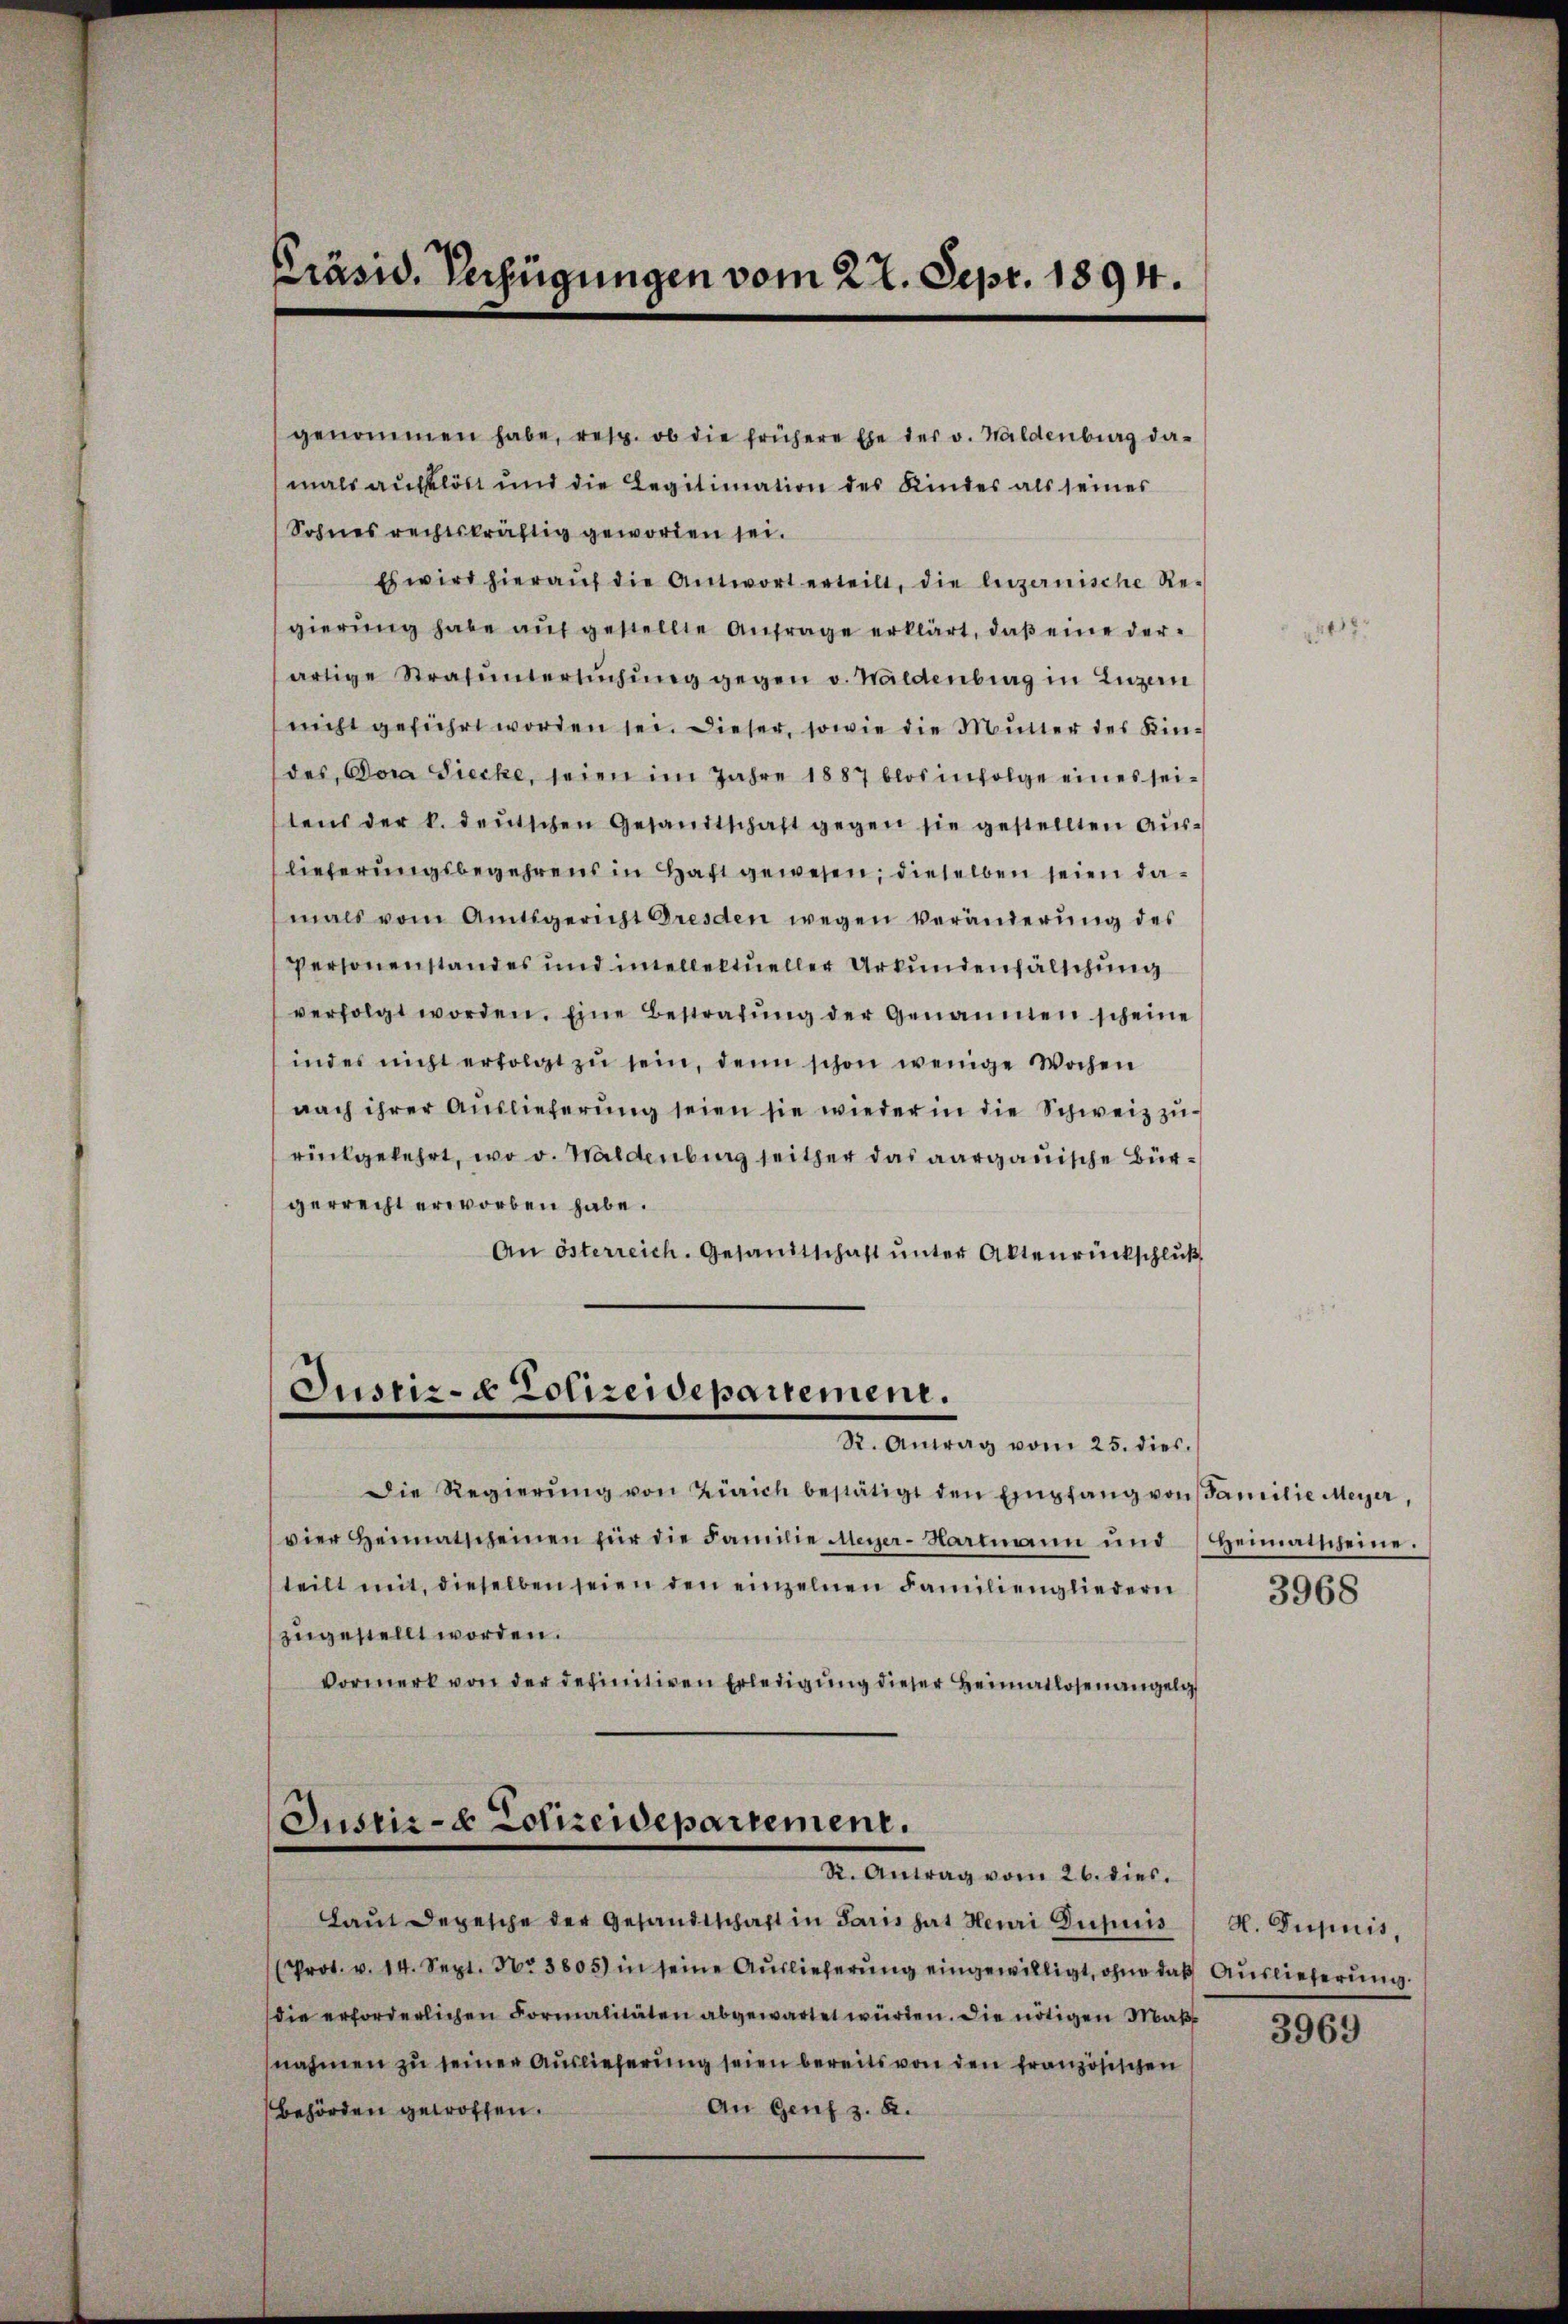
Präsid. Verfügungen vom 27. Sept. 1894.

mals auflöst und die Legitimation des Kindes als seiner
Sohnes rechtskräftig geworden sei.
Es wird hieraŭf die Antwort erteilt, die luzernische Re-
gierŭng habe aŭf gestellte Anfrage erklärt, daβ eine derartige Strafŭntersŭchŭng gegen v. Waldenbrag in Luzern
nicht geführt worden sei. Dieser, sowie die Mutter des Kindes Dora Siecke, seien im Jahre 1887 blos infolge eines seitens der k. deutschen Gesandtschaft gegen sie gestellten Auslieferungsbegehrens in Haft gewesen; dieselben seien damals vom Amtsgericht Gresden wegen veränderung des
Personenstandes und immellektueller Urkundenfälschung
verfolgt worden. Eine Bestrafŭng der Genannten scheine
ind es nicht erfolgt zu sein, denn schon wenige Wochen
nach ihrer Auslieferŭng seien sie wieder in die Schweiz zurückgekehrt, wo v. Waldenburg seither das aargauische Bürgerrecht erworben habe.
An österreich. Gesamtschaft ŭnter Aktenrückschluß

genommen habe, resp. ob die frühere Ehe der v. Waldenburg da-

Justiz- & Polizeidepartement.
R. Antrag vom 25. dies.

Die Regierŭng von Zürich bestätigt den Empfang von Familie Meyer,
vier Heimatscheinen für die Familie Aner-Hartmann und Heimatscheine.
teilt mit, dieselben seien den einzelnen Familiengliedern
zugestellt worden.
vormerk von der definitiven Erledigŭng dieser Heimatlosenangelg

Justiz- & Polizeidepartement.
R. Antrag vom 26. dies.

Laut Depesche der Gesandtschaft in Paris hat Heuri Dupuis

(Prot. v. 14. Sept. No 3805) in seine Auslieferung eingewilligt, ohne daß Auslieferung
die erforderlichen Formalitäten abgewartet würden. Die nötigen Maßnahmen zu seiner Auslieferung seien bereits von den französischen
An Genf z. B.
behörden geworfen.

1082.

3968

A. Inquis,

3969